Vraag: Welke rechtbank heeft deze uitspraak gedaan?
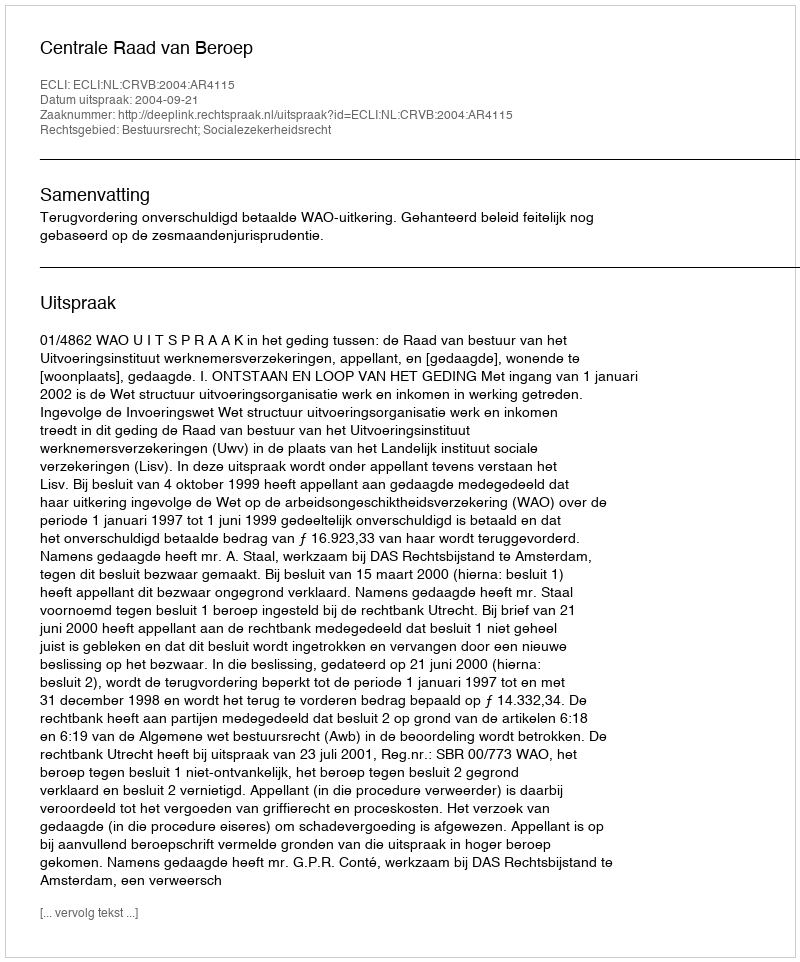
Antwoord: Centrale Raad van Beroep